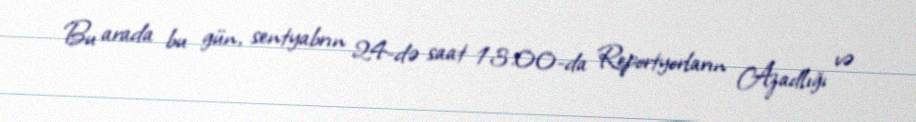
Bu arada bu gün, sentyabrın 24-də saat 13.00-da Reportyorların Azadlığı və